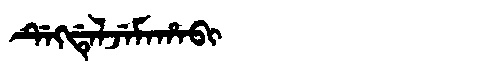
Manchu: ᡩᡝᡴᡩᡝᠯᠵᡝᠮᠠᡥᠠᠪᡳ
Romanization: DEKDELJEMAHABI